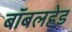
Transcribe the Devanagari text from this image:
बॉबलहेड